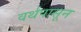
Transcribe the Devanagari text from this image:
वर्थपासून